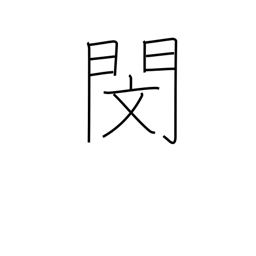
Meaning: pity